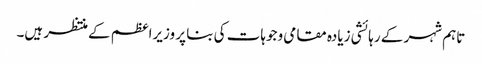
تاہم شہر کے رہائشی زیادہ مقامی وجوہات کی بنا پر وزیراعظم کے منتظر ہیں۔